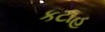
કટાહ